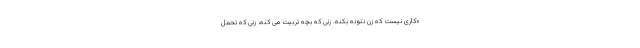
«کاری نیست که زن نتونه بکنه. زنی که بچه تربیت می کنه، زنی که تحمل